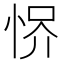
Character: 𢚻